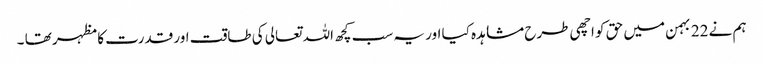
ہم نے 22 بہمن میں حق کو اچھی طرح مشاہدہ کیا اور یہ سب کچھ اللہ تعالی کی طاقت اور قدرت کا مظہر تھا ۔